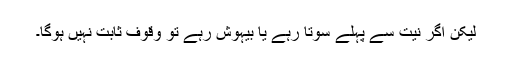
لیکن اگر نیت سے پہلے سوتا رہے یا بیہوش رہے تو وقوف ثابت نہیں ہوگا۔